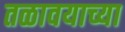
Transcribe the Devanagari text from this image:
तळावयाच्या